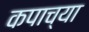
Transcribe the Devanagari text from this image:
कपाच्या